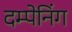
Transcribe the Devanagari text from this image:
दम्पेनिंग